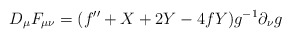
\begin{align*}D_{\mu}F_{\mu\nu}=(f^{\prime\prime}+X+2Y-4fY)g^{-1}\partial_{\nu}g\end{align*}